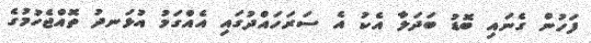
ފަހުން ގެނައި ބޮޑު ބަދަލާ އެކު އެ ސަރަހައްދުގައި އެއްގަމު އުޅަނދު ތޮއްޖެހުމުގެ